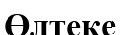
Өлтеке